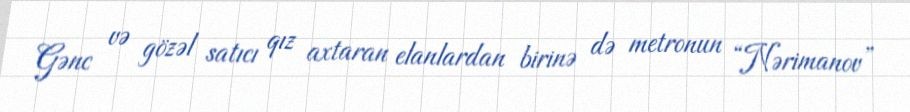
Gənc və gözəl satıcı qız axtaran elanlardan birinə də metronun “Nərimanov”